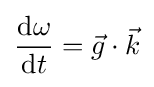
{\frac {\mathrm {d} \omega }{\mathrm {d} t}}={\vec {g}}\cdot {\vec {k}}